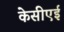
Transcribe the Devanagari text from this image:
केसीएई